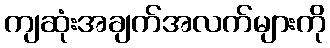
ကျဆုံးအချက်အလက်များကို